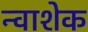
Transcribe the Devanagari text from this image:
न्वाशेक